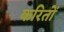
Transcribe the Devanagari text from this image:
करितों